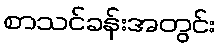
စာသင်ခန်းအတွင်း